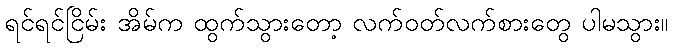
ရင်ရင်ငြိမ်း အိမ်က ထွက်သွားတော့ လက်ဝတ်လက်စားတွေ ပါမသွား။